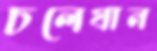
চলেযান